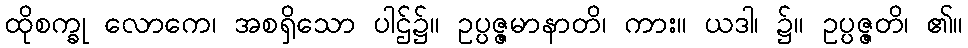
ထိုစက္ခု လောကေ၊ အစရှိသော ပါဌ်၌။ ဥပ္ပဇ္ဇမာနာတိ၊ ကား။ ယဒါ၊ ၌။ ဥပ္ပဇ္ဇတိ၊ ၏။